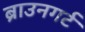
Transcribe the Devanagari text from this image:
ब्राउनगर्ट